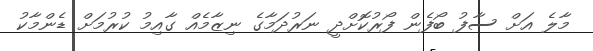
މާލެ އަށް ސާފު ބޯފެން ފޯރުކޮށްދީ ނަރުދަމާގެ ނިޒާމެއް ގާއިމު ކުރުމަށް ޑެންމާކު